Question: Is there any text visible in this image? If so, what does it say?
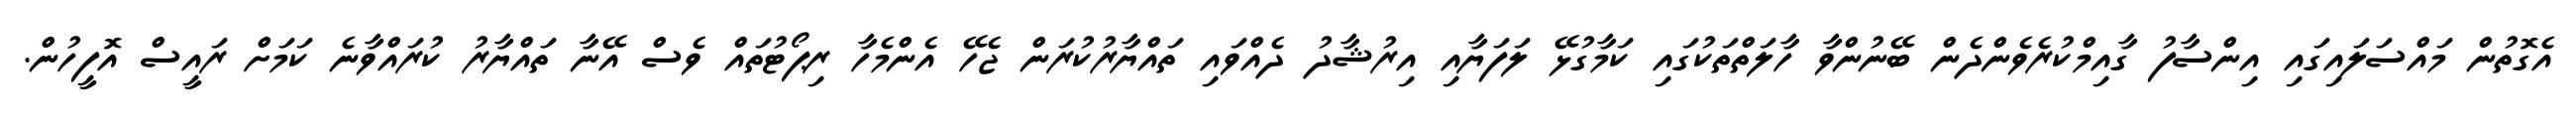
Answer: އެގޮތުން މައްސަލައިގައި އިންސާފު ގާއިމްކުރެވެންދެން ބޭނުންވާ ހާލަތްތަކުގައި ކަމާގުޅޭ ލަފަޔާއި އިރުޝާދު ދެއްވައި ތައްޔާރުކުރަން ޖެހޭ އެންމެހާ ރިޕޯޓުތައް ވެސް އޭނާ ތައްޔާރު ކުރައްވާނެ ކަމަށް ރައީސް އޮފީހުން.